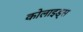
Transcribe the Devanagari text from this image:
कोलाइड्स